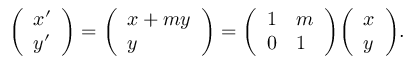
{ \left( \begin{array} { l } { x ^ { \prime } } \\ { y ^ { \prime } } \end{array} \right) } = { \left( \begin{array} { l } { x + m y } \\ { y } \end{array} \right) } = { \left( \begin{array} { l l } { 1 } & { m } \\ { 0 } & { 1 } \end{array} \right) } { \left( \begin{array} { l } { x } \\ { y } \end{array} \right) } .